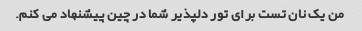
من یک نان تست برای تور دلپذیر شما در چین پیشنهاد می کنم.